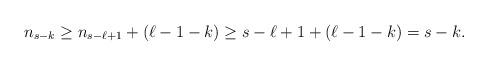
LaTeX: \begin{align*}n_{s-k} \ge n_{s-\ell+1} + (\ell-1-k) \ge s-\ell+1 + (\ell-1-k) = s-k.\end{align*}